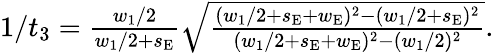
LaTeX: \begin{array}{r}{1/t_{3}=\frac{w_{1}/2}{w_{1}/2+s_{\mathrm{E}}}\sqrt{\frac{(w_{1}/2+s_{\mathrm{E}}+w_{\mathrm{E}})^{2}-(w_{1}/2+s_{\mathrm{E}})^{2}}{(w_{1}/2+s_{\mathrm{E}}+w_{\mathrm{E}})^{2}-(w_{1}/2)^{2}}}.}\end{array}